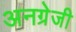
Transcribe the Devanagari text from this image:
अनग्रेजी